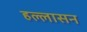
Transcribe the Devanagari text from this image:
हल्लासन